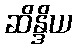
ဆိန္ဒိယ